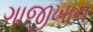
ગાજીખાન